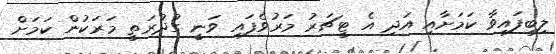
ލިބިފައިވާ ކަމަށާއި އަދި އެ ޓީޗަރު މަރުވެފައި ވަނީ ގުދުރަތީ މަރަކުން ކަމަށް